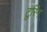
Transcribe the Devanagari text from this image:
टुरिंग